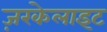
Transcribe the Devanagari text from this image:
ज़रकेलाइट